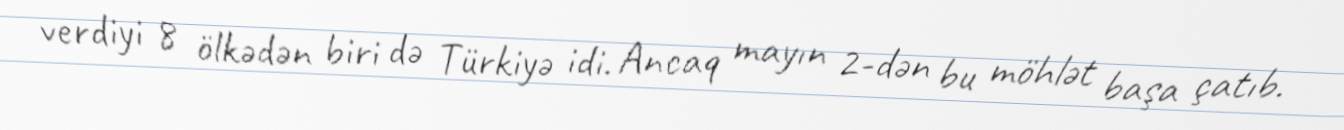
verdiyi 8 ölkədən biri də Türkiyə idi. Ancaq mayın 2-dən bu möhlət başa çatıb.